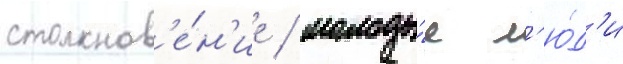
столкнов'е́н'ие / молоды́е л'ю́д'и